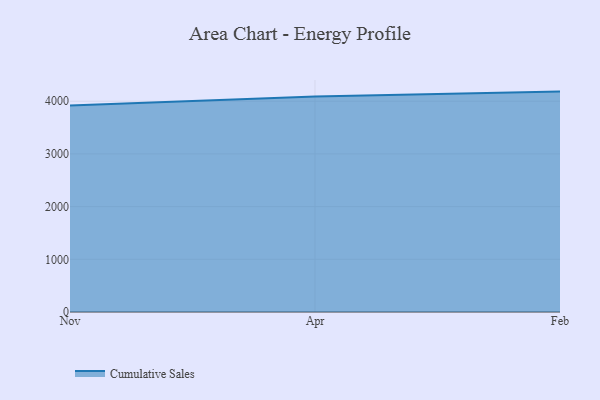
{"axis": {"x": "Month", "y": "Churn Rate (%)"}, "legend": ["Cumulative Sales"], "data": [{"x": "Nov", "y": 3920.2, "type": "Cumulative Sales"}, {"x": "Apr", "y": 4087.7, "type": "Cumulative Sales"}, {"x": "Feb", "y": 4182.1, "type": "Cumulative Sales"}]}